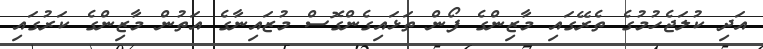
އަދި ކުލަޖެހުމުގެ ތެރޭގައި މާޒިންގެ ފޯން ތަޅައިގެންގޮސް މުޒައިނާގެ އަތުން މާޒިންގެ ކަރުގައި